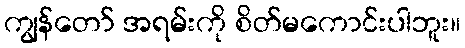
ကျွန်တော် အရမ်းကို စိတ်မကောင်းပါဘူး။